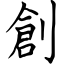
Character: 創